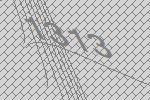
1313